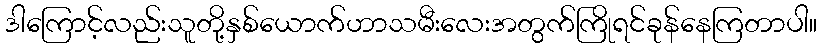
ဒါကြောင့်လည်းသူတို့နှစ်ယောက်ဟာသမီးလေးအတွက်ကြိုရင်ခုန်နေကြတာပါ။